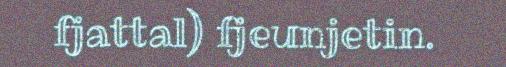
fjattal) fjeunjetin.